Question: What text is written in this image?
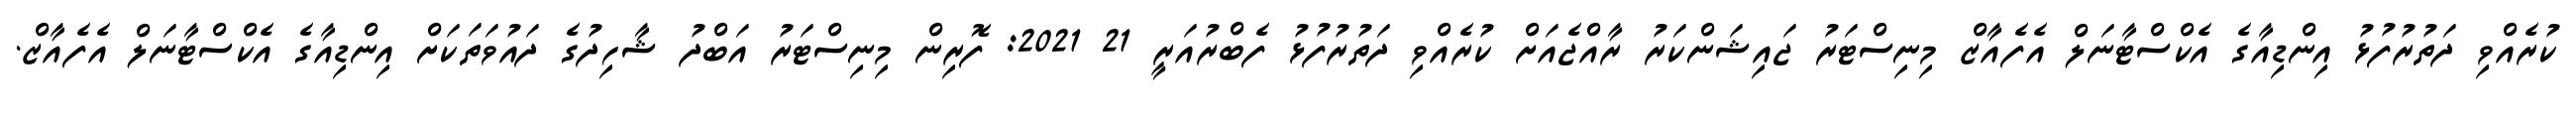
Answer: ކުރެއްވި ދަތުރުފުޅު އިންޑިއާގެ އެކްސްޓާނަލް އެފެއާޒް މިނިސްޓަރު ޖައިޝަންކަރު ރާއްޖެއަށް ކުރެއްވި ދަތުރުފުޅު ފެބްރުއަރީ 21 2021: ފޮރިން މިނިސްޓަރު އަބްދު ޝާހިދުގެ ދައުވަތަކަށް އިންޑިއާގެ އެކްސްޓާނަލް އެފެއާޒް.